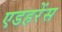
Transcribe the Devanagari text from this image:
एडहरेंस